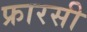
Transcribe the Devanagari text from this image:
फ्रारसी